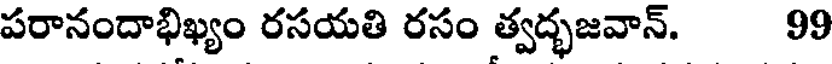
పరానందాభిఖ్యం రసయతి రసం త్వద్భజవాన్. 99